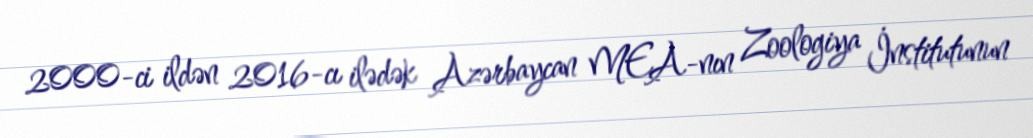
2000-ci ildən 2016-cı ilədək Azərbaycan MEA-nın Zoologiya İnstitutunun